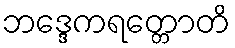
ဘဒ္ဒေကရတ္တောတိ